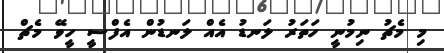
މި މެޗު ނިމުނީ ހަތަރު ލަނޑު އެއް ލަނޑުން އެފްސީ ހީވޭ މެޗް